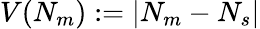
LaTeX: V(N_{m}):=|N_{m}-N_{s}|